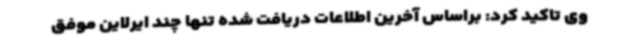
وی تاکید کرد: براساس آخرین اطلاعات دریافت شده تنها چند ایرلاین‌ موفق